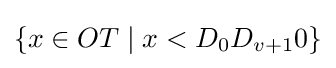
\{x\in OT\;|\;x<D_{0}D_{v+1}0\}